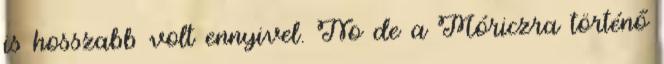
is hosszabb volt ennyivel. No de a Móriczra történő